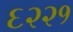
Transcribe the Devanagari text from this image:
६२२१